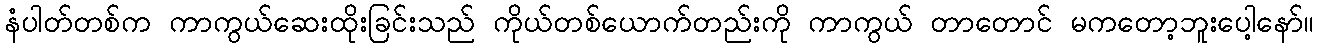
နံပါတ်တစ်က ကာကွယ်ဆေးထိုးခြင်းသည် ကိုယ်တစ်ယောက်တည်းကို ကာကွယ် တာတောင် မကတော့ဘူးပေါ့နော်။